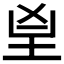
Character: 𦤴